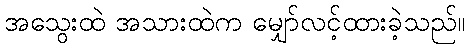
အသွေးထဲ အသားထဲက မျှော်လင့်ထားခဲ့သည်။